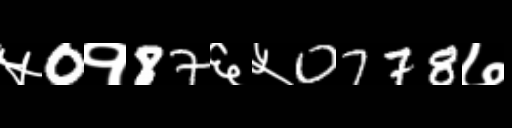
Text: ५0१87६५0778७